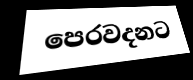
පෙරවදනට